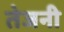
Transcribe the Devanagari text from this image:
तेजनी